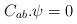
LaTeX: \begin{align*}C_{ab}.\psi=0\end{align*}